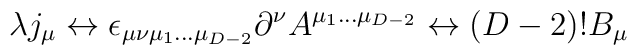
\lambda j_{\mu} \leftrightarrow\epsilon_{\mu\nu\mu_{1}...\mu_{D-2}} \partial^{\nu}A^{\mu_{1}...\mu_{D-2}} \leftrightarrow (D-2)! B_{\mu}